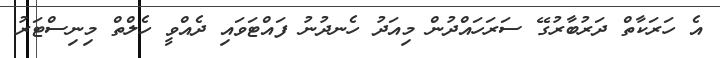
އެ ހަރަކާތް ދަރުބާރުގޭ ސަރަހައްދުން މިއަދު ހެނދުނު ފައްޓަވައި ދެއްވީ ހެލްތް މިނިސްޓަރު